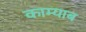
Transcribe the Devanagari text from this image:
काम्याब